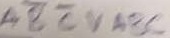
Text: ABCVABC